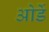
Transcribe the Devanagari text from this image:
ओर्डे